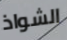
الشواذ